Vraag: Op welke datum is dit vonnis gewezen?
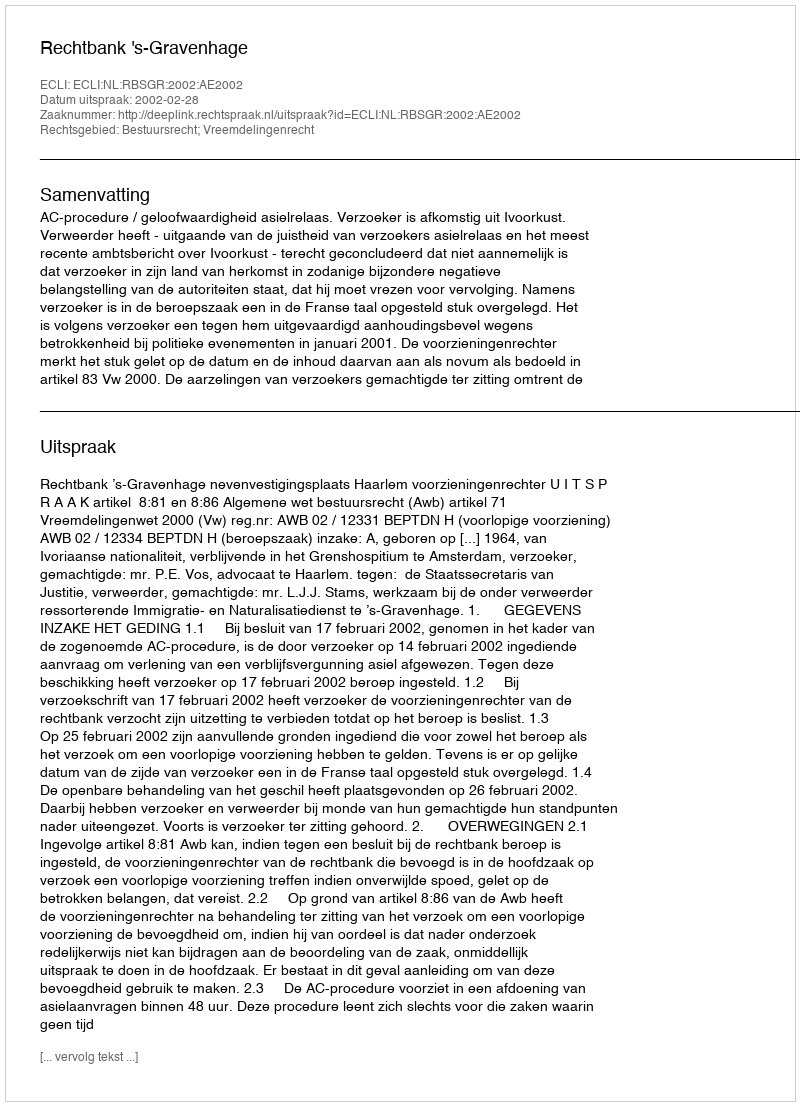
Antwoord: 2002-02-28